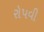
રોપવી